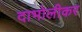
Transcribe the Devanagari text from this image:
दाभोलीकर